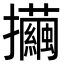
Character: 𢺃